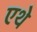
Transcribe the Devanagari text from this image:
एथे